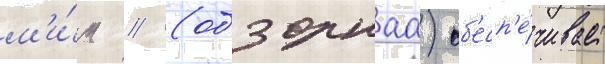
м'и́н // (обзорнаа) об'есп'е́чивает